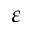
\varepsilon